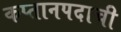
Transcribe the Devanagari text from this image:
कप्तानपदाची